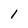
Character: 1